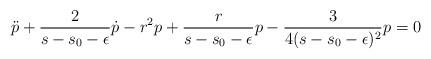
LaTeX: \begin{align*}\ddot{p}+\frac{2}{s-s_0-\epsilon}\dot{p}-r^2p +\frac{r}{s-s_0-\epsilon}p-\frac{3}{4(s-s_0-\epsilon)^2}p=0\end{align*}